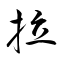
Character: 拉